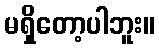
မရှိတော့ပါဘူး။